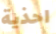
احذية